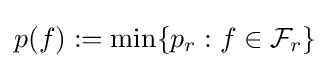
p(f):=\min\{p_{r}:f\in {\mathcal {F}}_{r}\}